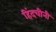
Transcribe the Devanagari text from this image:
हिंदचीनी